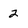
Character: 2